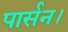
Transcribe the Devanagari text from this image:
पार्सन।